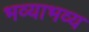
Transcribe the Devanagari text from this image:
भव्याभव्य